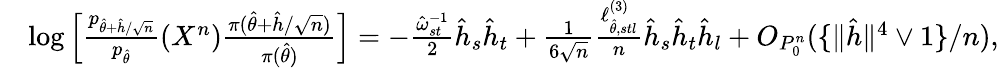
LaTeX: \begin{array}{rl}&{\log\Big[\frac{p_{\hat{\theta}+\hat{h}/\sqrt{n}}}{p_{\hat{\theta}}}(X^{n})\frac{\pi(\hat{\theta}+\hat{h}/\sqrt{n})}{\pi(\hat{\theta})}\Big]=-\frac{\hat{\omega}_{st}^{-1}}{2}\hat{h}_{s}\hat{h}_{t}+\frac{1}{6\sqrt{n}}\frac{\ell_{\hat{\theta},stl}^{(3)}}{n}\hat{h}_{s}\hat{h}_{t}\hat{h}_{l}+O_{P_{0}^{n}}(\{ \| \hat{h}\| ^{4}\vee 1\} /n),}\end{array}